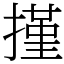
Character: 㨷